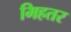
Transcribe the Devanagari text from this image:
मिहतर